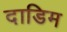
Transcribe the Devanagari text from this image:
दाडिम